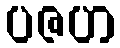
ပဇဟ